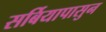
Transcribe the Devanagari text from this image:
सर्बियापासुन